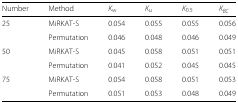
<table><thead><tr><td><b>Number</b></td><td><b>Method</b></td><td><b><i>K</i><sub>w</sub></b></td><td><b><i>K</i><sub>u</sub></b></td><td><b><i>K</i><sub>0.5</sub></b></td><td><b><i>K</i><sub><i>BC</i></sub></b></td></tr></thead><tbody><tr><td>25</td><td>MiRKAT-S</td><td>0.054</td><td>0.055</td><td>0.055</td><td>0.056</td></tr><tr><td></td><td>Permutation</td><td>0.046</td><td>0.048</td><td>0.046</td><td>0.049</td></tr><tr><td>50</td><td>MiRKAT-S</td><td>0.045</td><td>0.058</td><td>0.051</td><td>0.051</td></tr><tr><td></td><td>Permutation</td><td>0.041</td><td>0.052</td><td>0.045</td><td>0.045</td></tr><tr><td>75</td><td>MiRKAT-S</td><td>0.054</td><td>0.058</td><td>0.051</td><td>0.053</td></tr><tr><td></td><td>Permutation</td><td>0.051</td><td>0.053</td><td>0.048</td><td>0.049</td></tr></tbody></table>